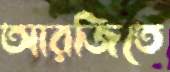
আরজিতে